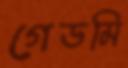
গেডমি